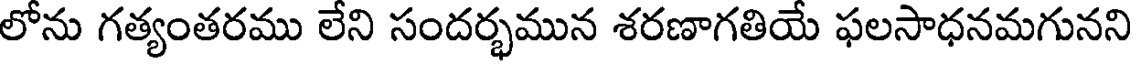
లోను గత్యంతరము లేని సందర్భమున శరణాగతియే ఫలసాధనమగునని